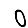
Digit: 0